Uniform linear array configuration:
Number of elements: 32
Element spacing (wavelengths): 0.75
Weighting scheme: kaiser
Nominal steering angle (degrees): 30
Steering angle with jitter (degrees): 30.72
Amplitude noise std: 0.05
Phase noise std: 0.05

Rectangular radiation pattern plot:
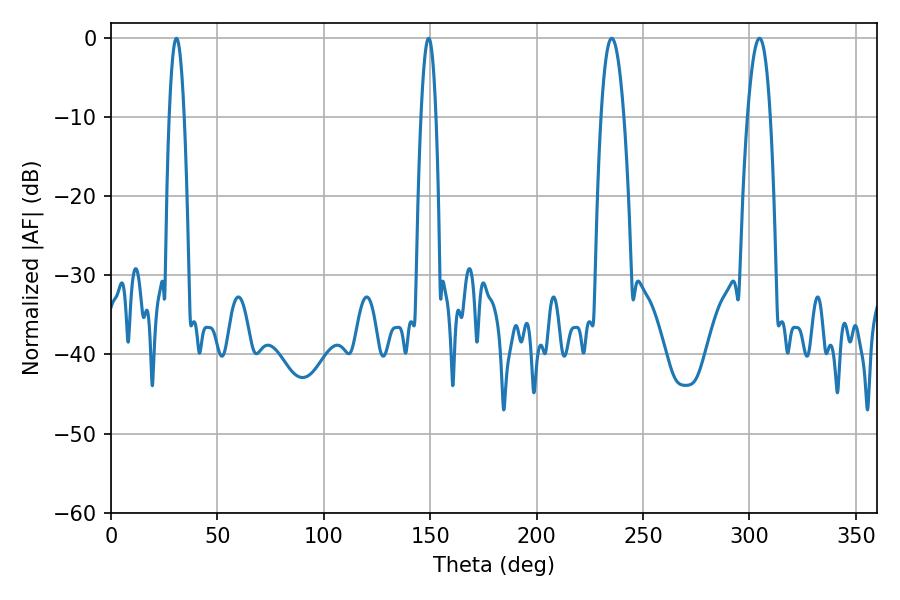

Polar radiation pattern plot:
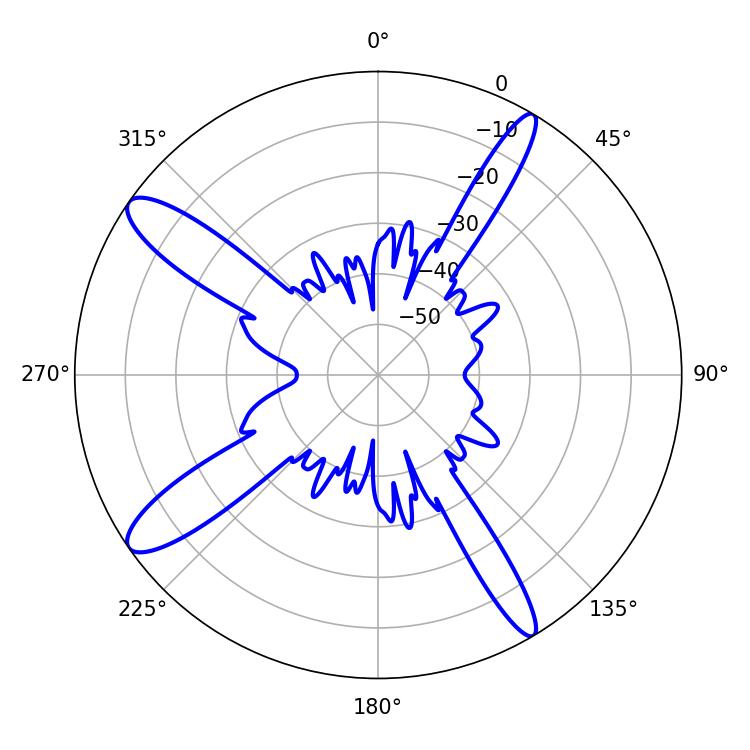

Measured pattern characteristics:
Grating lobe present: TRUE
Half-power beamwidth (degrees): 5.94
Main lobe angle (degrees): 235.26